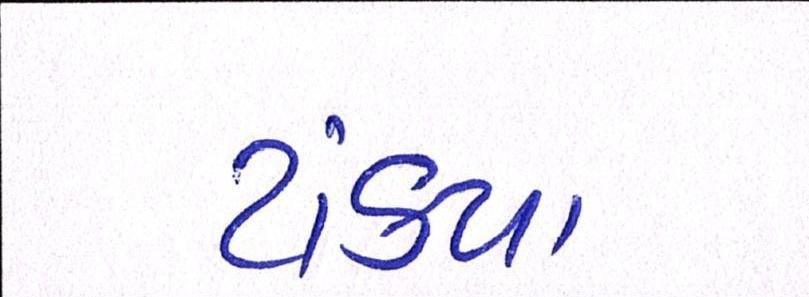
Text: ટાંક્યા